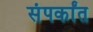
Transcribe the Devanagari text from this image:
संपर्कांत